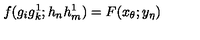
f ( g _ { i } g _ { k } ^ { 1 } ; h _ { n } h _ { m } ^ { 1 } ) = F ( x _ { \theta } ; y _ { \eta } )